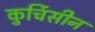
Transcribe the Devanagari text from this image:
कुर्चिसीन